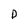
Character: D